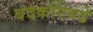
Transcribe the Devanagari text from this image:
बदकाएवढे